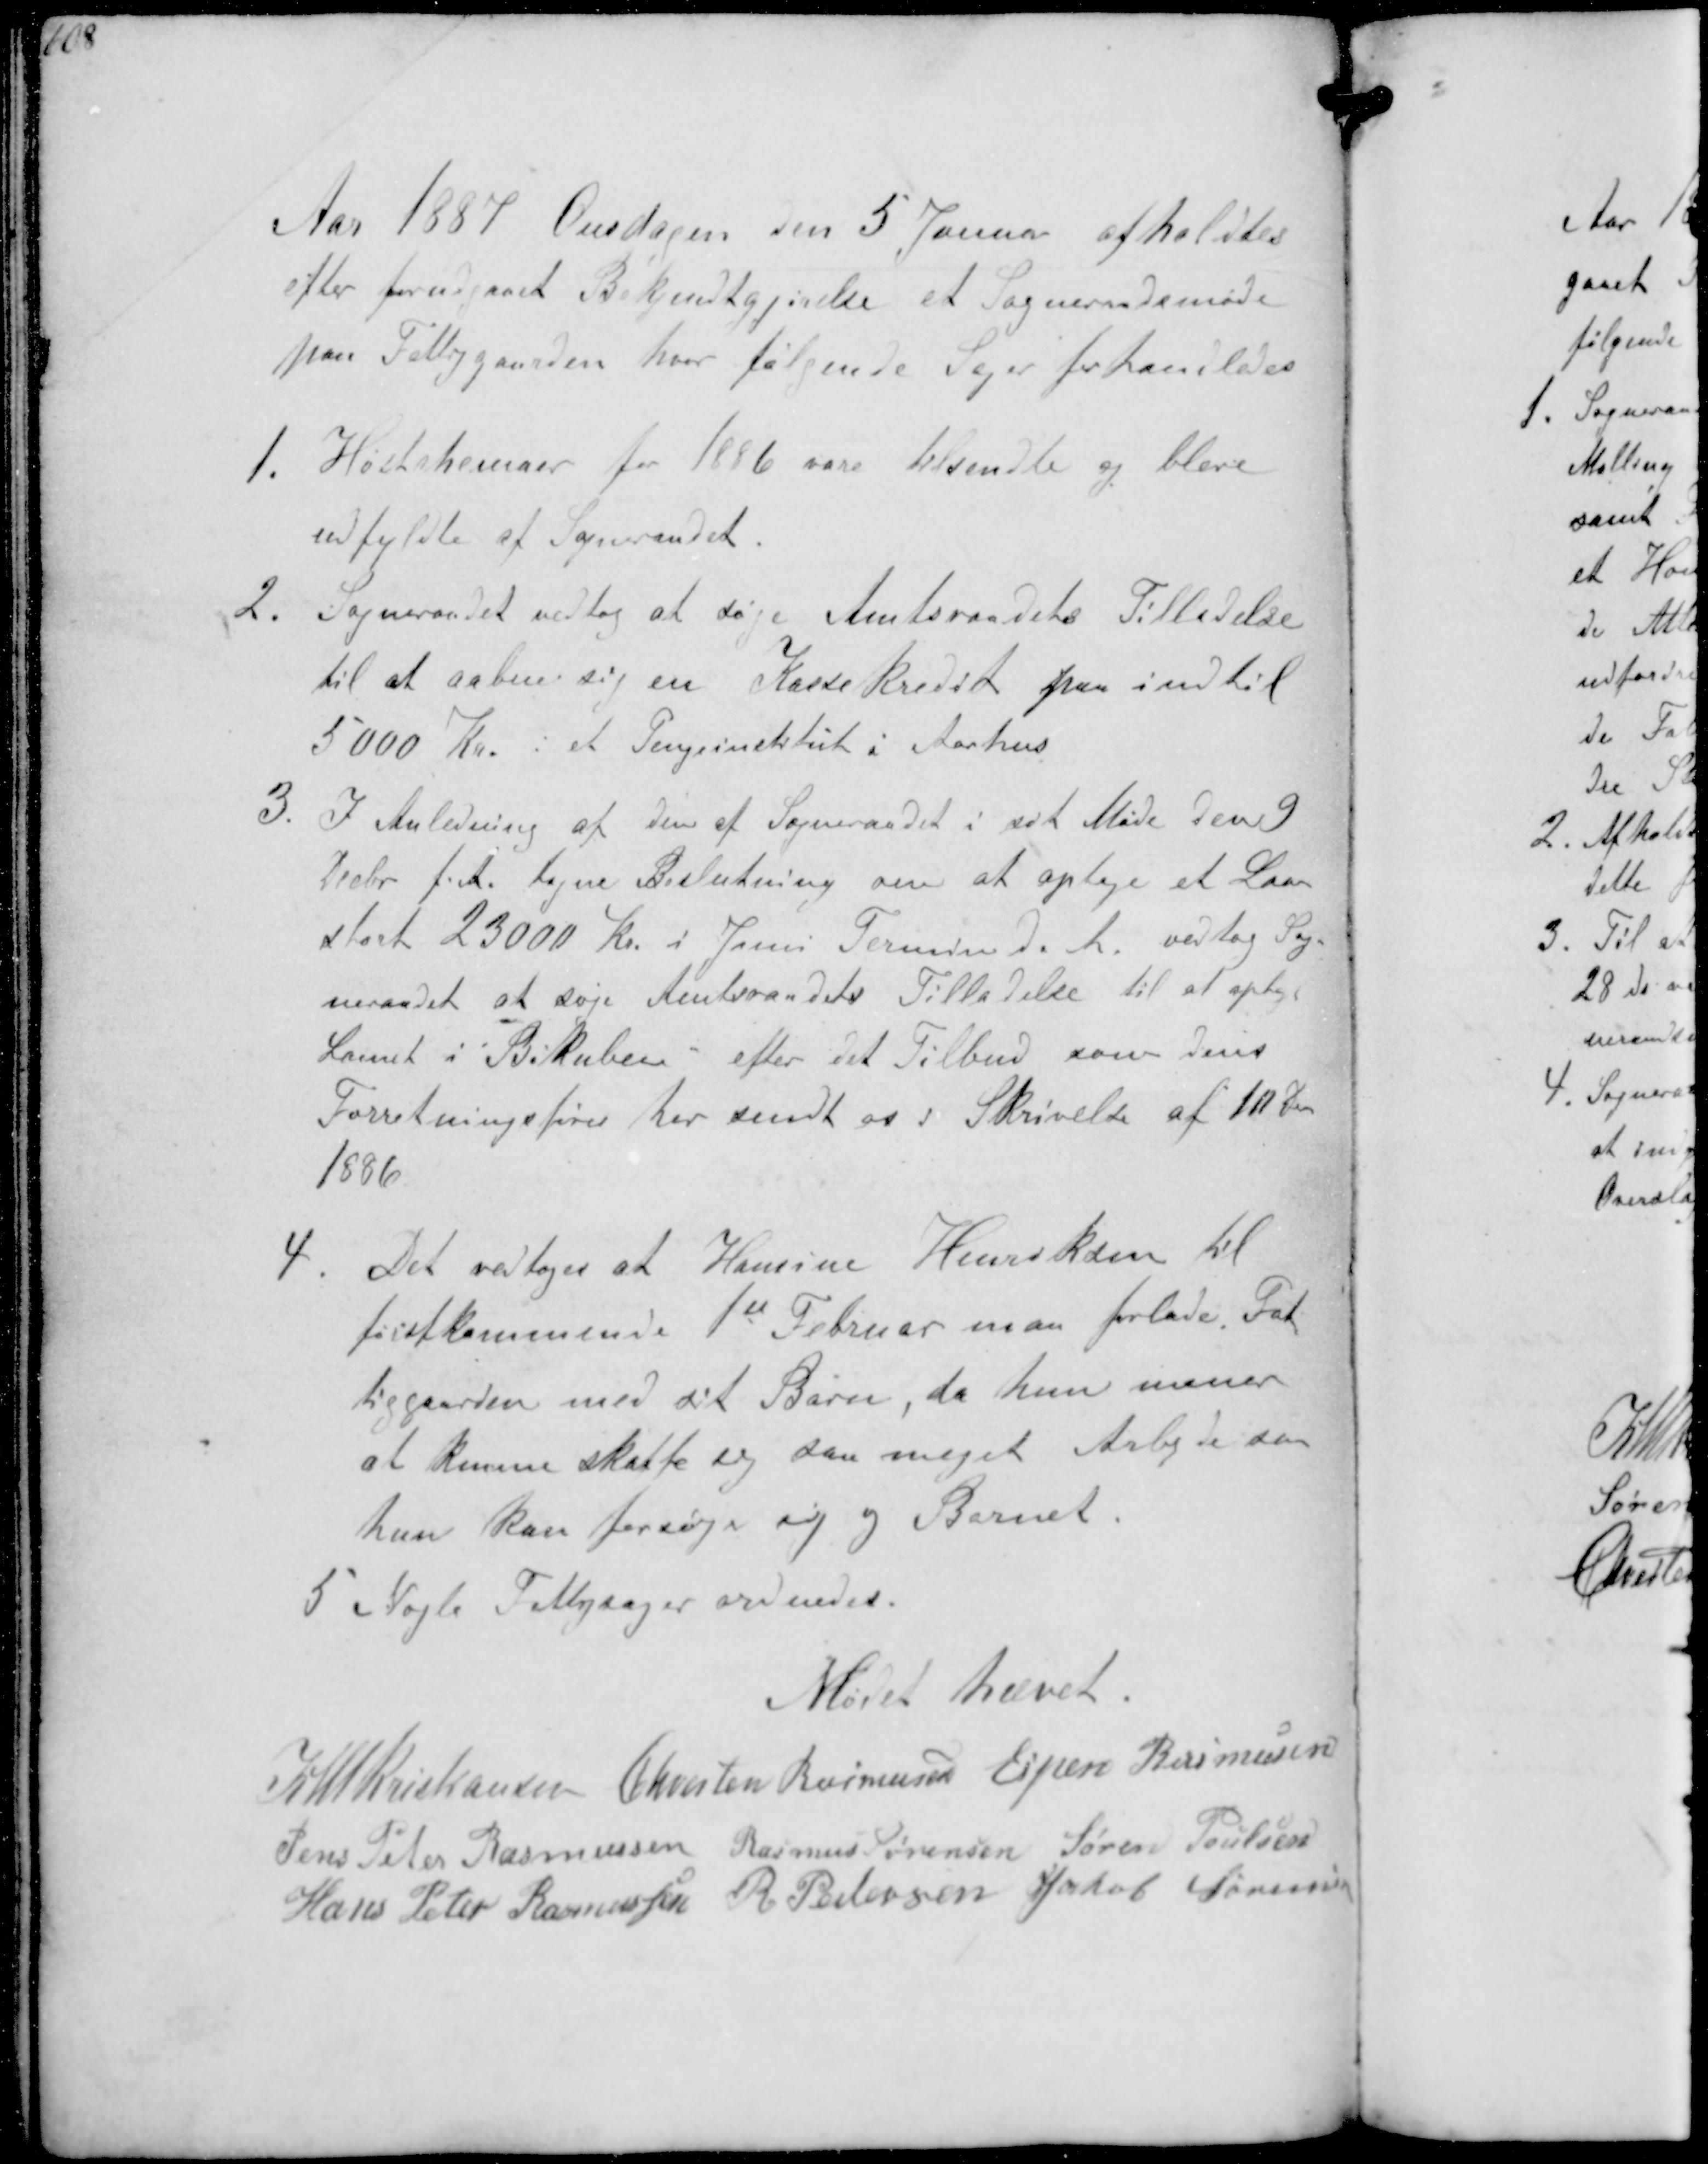
Transskription:
Aar 1887 Onsdagen den 5 Januar afholdtes
efter forudgaaet Bekjendtgjørelse et Sogneraadsmøde
paa Fattiggaarden hvor følgende Sager forhandledes
1. Høstskemaer for 1886 vare tilsendte og bleve
udfyldte af Sogneraadet.
2. Sogneraadet vedtog at søge Amtsraadets Tilladelse
til at aabne sig en KasseKredit paa indtil
5000 Kr. i et Pengeinstitut i Aarhus
3. I Anledning af den af Sogneraadet i sit Møde den 9
Decbr f. A. tagne Beslutning om at optage et Laan
stort 23000 Kr i Juni Termin d. A. vedtog Sog-
neraadet at søge Amtsraadets Tilladelse til at optage
Laanet i Bikuben efter det Tilbud som Deres
Forretningsfører har sendt os i Skrivelse af 1o Dcb
1886
4. Det vedtoges at Hansine Henriksen til
førstkommende 1st Februar maa forlade Fat-
tiggaarden med sit Barn, da hun mener
at kunne skaffee sig saa meget Arbejde saa
hun kan forsøge sig og Barnet.
5. Nogle Fattigsager ordnedes.

Mødet hævet

K N M  Kristiansen Chresten Rasmussen Espen Rasmussen
Jens Peter Rasmussen Rasmus Sørensen Søren Poulsen
Hans Peter Rasmussen R Petersen Jakob Sørensen